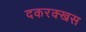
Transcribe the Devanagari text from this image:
दकरक्खस